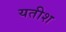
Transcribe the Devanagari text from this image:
यतीश